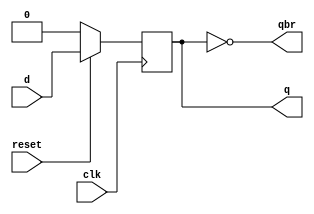
module dffps (input clk,reset,d,output reg q ,output qbr);
initial 
q=0;
always@ (posedge clk)begin
if(reset)
q<=d;
else
q<=0;
end
assign qbr=~q;
endmodule